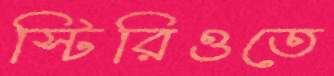
স্টিরিওতে